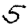
Digit: 5